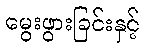
မွေးဖွားခြင်းနှင့်